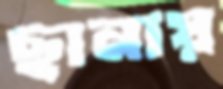
ছানায়